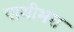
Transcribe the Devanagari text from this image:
पाथीभरा